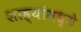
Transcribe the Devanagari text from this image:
शाह्यांमध्ये